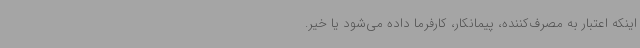
اینکه اعتبار به مصرف‌کننده، پیمانکار، کارفرما داده می‌شود یا خیر.